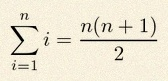
\sum_{i=1}^{n}i=\frac{n(n+1)}2